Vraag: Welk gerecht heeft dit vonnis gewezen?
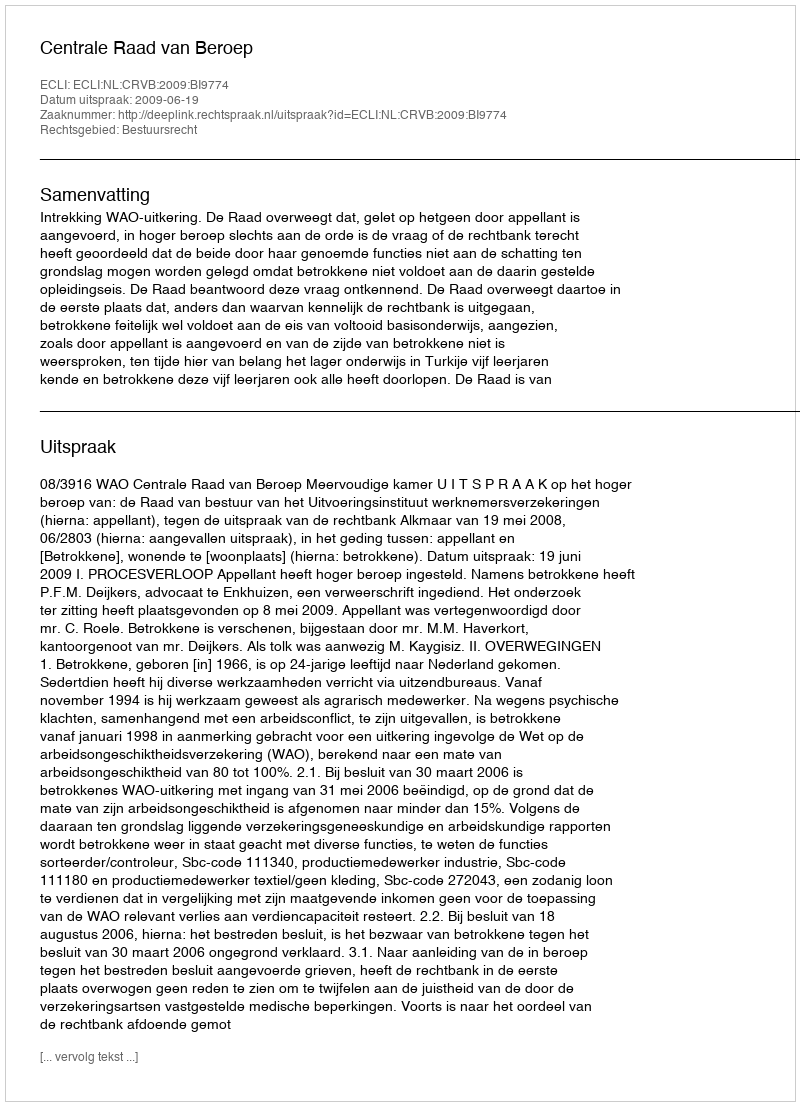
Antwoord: Centrale Raad van Beroep